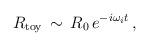
LaTeX: \begin{align*}R_{\rm toy}\, \sim \, R_0\, e^{-i \omega_i t}\,,\end{align*}